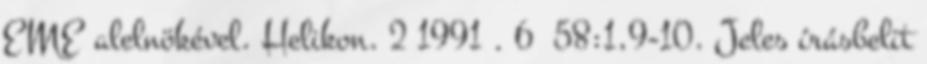
EME alelnökével. Helikon. 2 1991 . 6 58:1,9-10. Jeles írásbelit